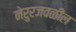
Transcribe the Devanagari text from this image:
नेरुरजवळील